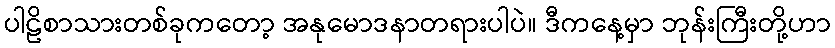
ပါဠိစာသားတစ်ခုကတော့ အနုမောဒနာတရားပါပဲ။ ဒီကနေ့မှာ ဘုန်းကြီးတို့ဟာ